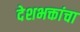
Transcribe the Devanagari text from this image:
देशभक्तांचा